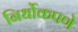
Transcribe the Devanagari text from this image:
निर्धोकपणे